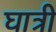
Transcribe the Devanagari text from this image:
घात्री